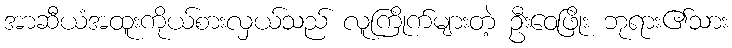
အာဆီယံအထူးကိုယ်စားလှယ်သည် လူကြိုက်များတဲ့ ဦးဝေဖြိုး ဘုရား၏သား